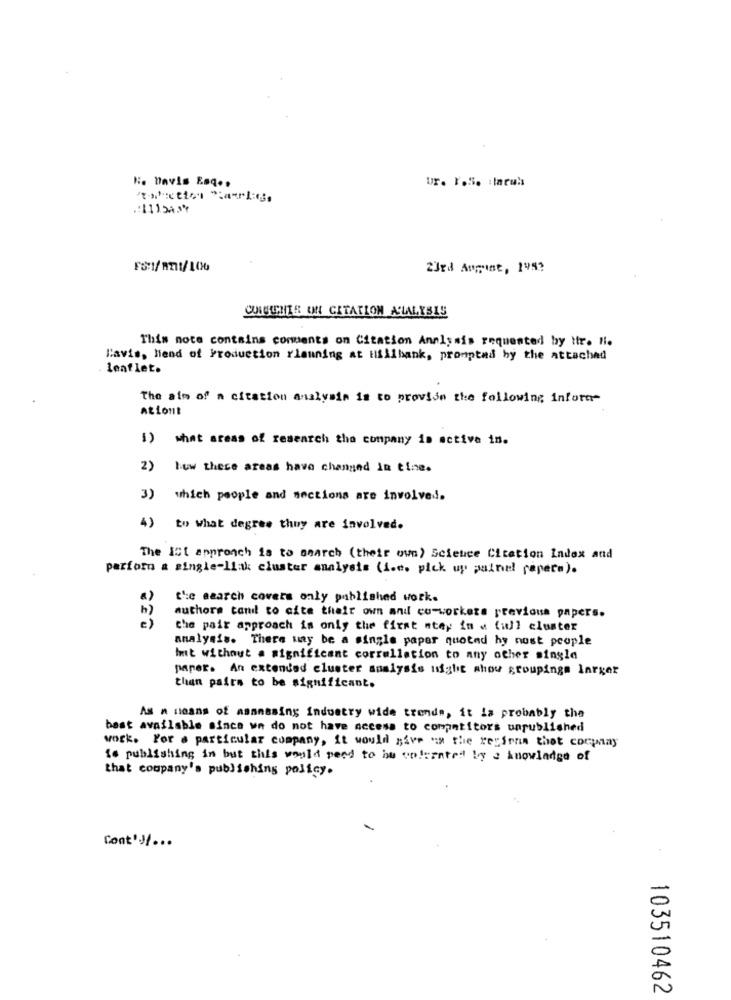
H :. Davis Esq .,
ur. 1.5. : laruis
.: 111543%
23rd August, 199?
CUISTHIS ON CITATION A'LALYSIS
This note contains comments on Citation Analysis requested by Hr. H.
l'avis, head of Production rlanning at Hifilbank, prompted by the attached
leaf let.
The aim of a citation analysis is to provide the following inform
Ationt
1) what areas of research the company is active in.
2) how these areas have changed In tine.
3) which people and sections are involved.
4) to what degree they are involved.
The Ist approach is to search ( their own) Science Citation Index and
parfor a single-lik cluster analysis (i.e. pick up painel papers).
the search covers only published work.
b)
authors cand to cite their own and co-workers previous papers.
e)
the pair approach is only the first stay in a full cluster
analysis. There may be a single paper quoted hy nost people
Imt without a significant correllation to any other single
paper. An extended cluster analysis night shou groupings larger
than pairs to be significant.
As a means of asanssing Industry wide trends, it is probably the
best available since we do not have access to competitors unpublished
work. For a particular company, it would give as the regiona thot cocpay
io publishing in but this would need to be colurated by a knowledge of
that company's publishing policy.
Cont') ...
103510462